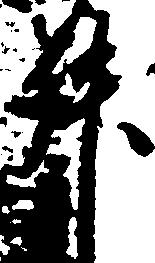
升